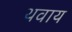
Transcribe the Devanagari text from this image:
थवाय